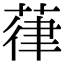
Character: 葎